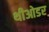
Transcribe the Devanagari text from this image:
थीओडर